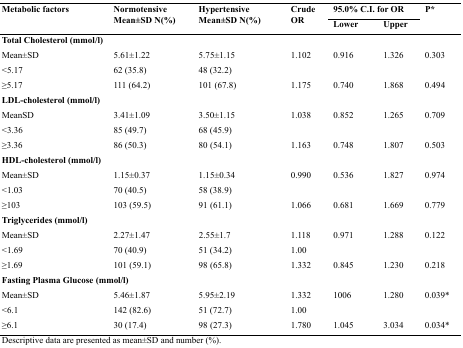
| <ROWSPAN=2> Metabolic factors | <ROWSPAN=2> Normotensive Mean±SD N(%) | <ROWSPAN=2> Hypertensive Mean±SD N(%) | <ROWSPAN=2> Crude OR | <COLSPAN=2> 95.0% C.I. for OR | P* |
 | Lower | Upper |
 | --- | --- | --- | --- | --- | --- | --- |
 | <COLSPAN=7> Total Cholesterol (mmol/l) |
 | Mean±SD | 5.61±1.22 | 5.75±1.15 | 1.102 | 0.916 | 1.326 | 0.303 |
 | <5.17 | 62 (35.8) | 48 (32.2) |  |  |  |  |
 | ≥5.17 | 111 (64.2) | 101 (67.8) | 1.175 | 0.740 | 1.868 | 0.494 |
 | <COLSPAN=7> LDL-cholesterol (mmol/l) |
 | MeanSD | 3.41±1.09 | 3.50±1.15 | 1.038 | 0.852 | 1.265 | 0.709 |
 | <3.36 | 85 (49.7) | 68 (45.9) |  |  |  |  |
 | ≥3.36 | 86 (50.3) | 80 (54.1) | 1.163 | 0.748 | 1.807 | 0.503 |
 | <COLSPAN=7> HDL-cholesterol (mmol/l) |
 | Mean±SD | 1.15±0.37 | 1.15±0.34 | 0.990 | 0.536 | 1.827 | 0.974 |
 | <1.03 | 70 (40.5) | 58 (38.9) |  |  |  |  |
 | ≥103 | 103 (59.5) | 91 (61.1) | 1.066 | 0.681 | 1.669 | 0.779 |
 | <COLSPAN=7> Triglycerides (mmol/l) |
 | Mean±SD | 2.27±1.47 | 2.55±1.7 | 1.118 | 0.971 | 1.288 | 0.122 |
 | <1.69 | 70 (40.9) | 51 (34.2) | 1.00 |  |  |  |
 | ≥1.69 | 101 (59.1) | 98 (65.8) | 1.332 | 0.845 | 1.230 | 0.218 |
 | <COLSPAN=7> Fasting Plasma Glucose (mmol/l) |
 | Mean±SD | 5.46±1.87 | 5.95±2.19 | 1.332 | 1006 | 1.280 | 0.039* |
 | <6.1 | 142 (82.6) | 51 (72.7) | 1.00 |  |  |  |
 | ≥6.1 | 30 (17.4) | 98 (27.3) | 1.780 | 1.045 | 3.034 | 0.034* |